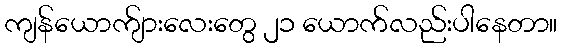
ကျန်ယောက်ျားလေးတွေ ၂၁ ယောက်လည်းပါနေတာ။